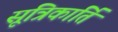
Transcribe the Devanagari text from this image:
सूत्रिकार्ति